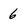
Character: 6